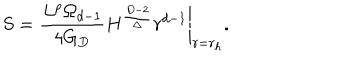
S = \left. { \frac { L ^ { p } \Omega _ { d - 1 } } { 4 G _ { D } } } H ^ { \frac { D - 2 } { \Delta } } r ^ { d - 1 } \right| _ { r = r _ { h } } .